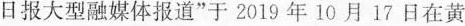
日报大型融媒体报道”于2019年10月17日在黄